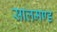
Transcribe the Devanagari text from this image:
सालमण्ड